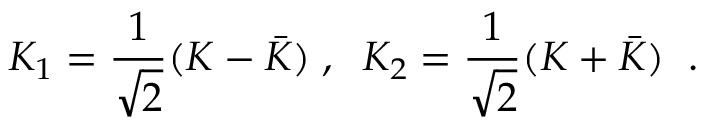
K _ { 1 } = \frac { 1 } { \sqrt { 2 } } ( K - \bar { K } ) \; , \; \; K _ { 2 } = \frac { 1 } { \sqrt { 2 } } ( K + \bar { K } ) \; \; .